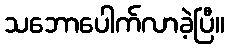
သဘောပေါက်လာခဲ့ပြီ။